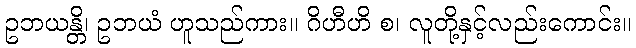
ဥဘယန္တိ၊ ဥဘယံ ဟူသည်ကား။ ဂိဟီဟိ စ၊ လူတို့နှင့်လည်းကောင်း။